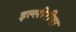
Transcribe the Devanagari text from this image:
इल्लीरीया